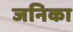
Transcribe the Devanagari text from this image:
जनिका